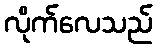
လိုက်လေသည်